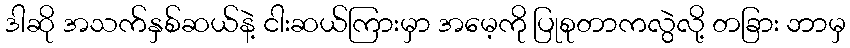
ဒါဆို အသက်နှစ်ဆယ်နဲ့ ငါးဆယ်ကြားမှာ အမေ့ကို ပြုစုတာကလွဲလို့ တခြား ဘာမှ